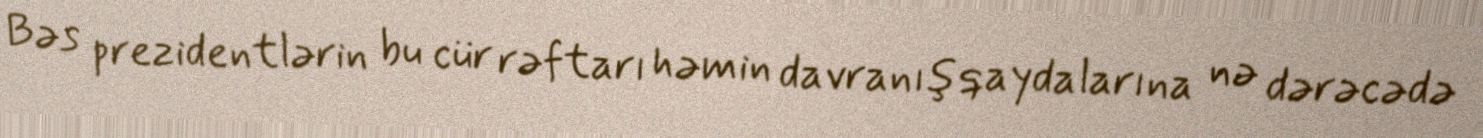
Bəs prezidentlərin bu cür rəftarı həmin davranış qaydalarına nə dərəcədə